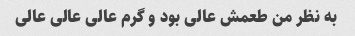
به نظر من طعمش عالی بود و گرم عالی عالی عالی